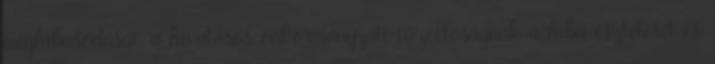
meghibásodását, a hivatásos önkormányzati tûzoltóságnak a hiba észlelését és